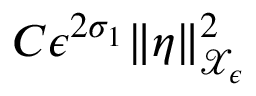
C \epsilon ^ { 2 \sigma _ { 1 } } \| \eta \| _ { \mathcal { X } _ { \epsilon } } ^ { 2 }